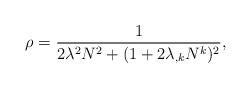
LaTeX: \begin{align*}\rho = \frac{1}{2\lambda^2N^2 + (1+2\lambda_{,k}N^k)^2},\end{align*}